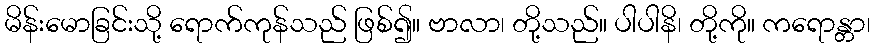
မိန်းမောခြင်းသို့ ရောက်ကုန်သည် ဖြစ်၍။ ဗာလာ၊ တို့သည်။ ပါပါနိ၊ တို့ကို။ ကရောန္တာ၊